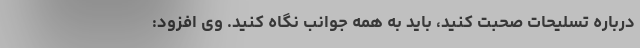
درباره تسلیحات صحبت کنید، باید به همه جوانب نگاه کنید. وی افزود: